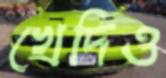
খেদিও